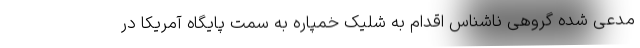
مدعی شده گروهی ناشناس اقدام به شلیک خمپاره به سمت پایگاه آمریکا در